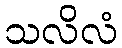
သလိလံ